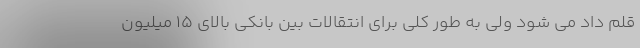
قلم داد می شود ولی به طور کلی برای انتقالات بین بانکی بالای 15 میلیون